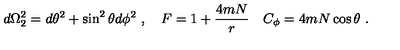
d \Omega _ { 2 } ^ { 2 } = d \theta ^ { 2 } + \sin ^ { 2 } \theta d \phi ^ { 2 } \ , \quad F = 1 + { \frac { 4 m N } { r } } \quad C _ { \phi } = 4 m N \cos \theta \ .